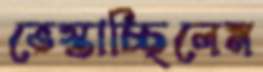
ভেস্তাচ্ছিলেম